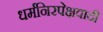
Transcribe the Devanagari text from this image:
धर्मनिरपेक्षवादी